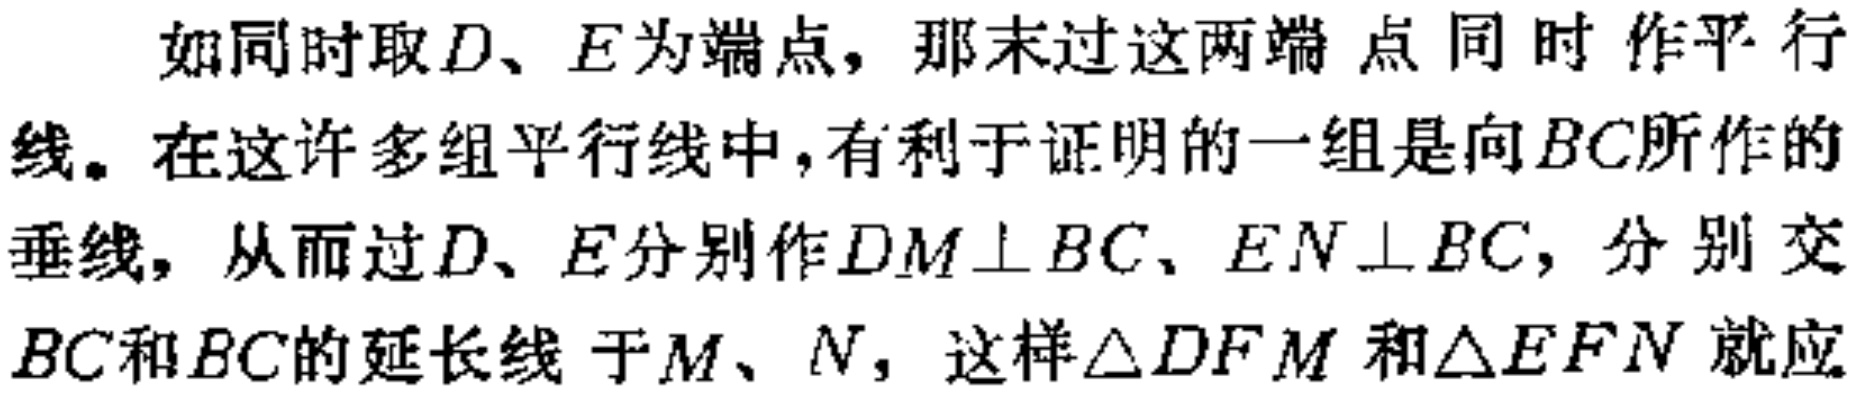
如同时取\(D\)、\(E\)为端点，那末过这两端点同时作平行线。在这许多组平行线中，有利于证明的一组是向\(BC\)所作的垂线，从而过\(D\)、\(E\)分别作\(DM\perp BC\)、\(EN\perp BC\)，分别交\(BC\)和\(BC\)的延长线于\(M\)、\(N\)，这样\(\triangle DFM\)和\(\triangle EFN\)就应